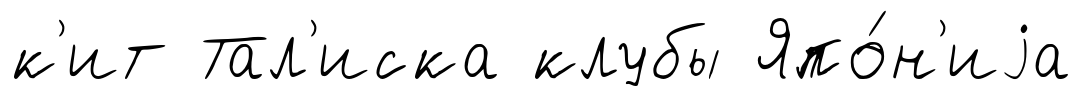
к'ит Тал'иска клубы Япо́н'иjа